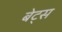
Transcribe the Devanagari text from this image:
बेट्‌स